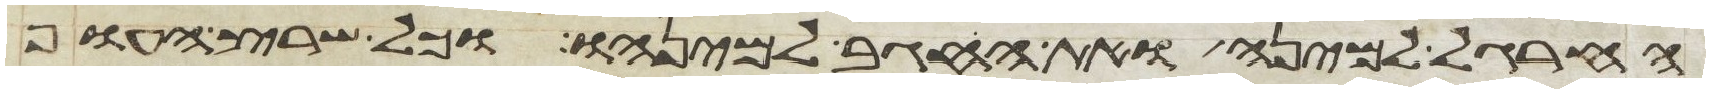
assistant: החרגל למינה ואת החגב למינהו וכל שרץ העוף